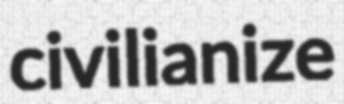
civilianize